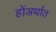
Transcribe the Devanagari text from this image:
होंअर्थात